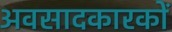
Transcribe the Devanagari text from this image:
अवसादकारकों